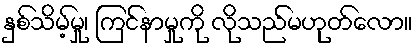
နှစ်သိမ့်မှု၊ ကြင်နာမှုကို လိုသည်မဟုတ်လော။